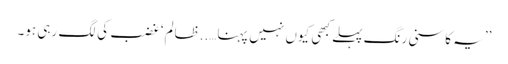
’’یہ کاسنی رنگ پہلے کبھی کیوں نہیں پہنا…..ظالم‘ غضب کی لگ رہی ہو۔